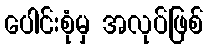
ပေါင်းစုံမှ အလုပ်ဖြစ်